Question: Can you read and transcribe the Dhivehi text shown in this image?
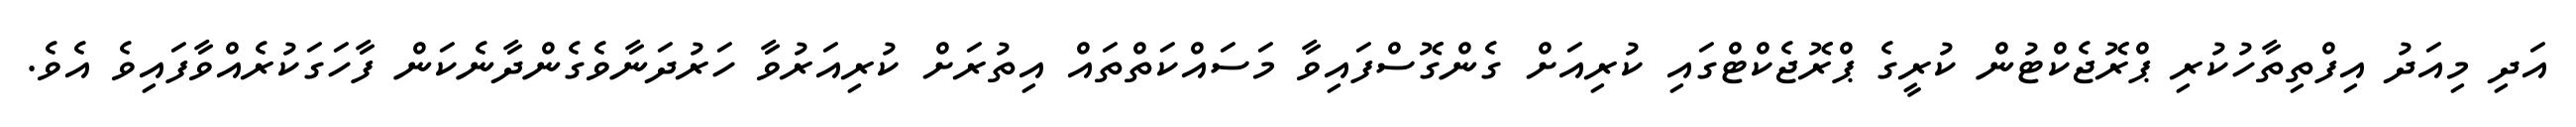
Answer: އަދި މިއަދު އިފްތިތާހުކުރި ޕްރޮޖެކްޓުން ކުރީގެ ޕްރޮޖެކްޓްގައި ކުރިއަށް ގެންގޮސްފައިވާ މަސައްކަތްތައް އިތުރަށް ކުރިއަރުވާ ހަރުދަނާވެގެންދާނެކަން ފާހަގަކުރެއްވާފައިވެ އެވެ.